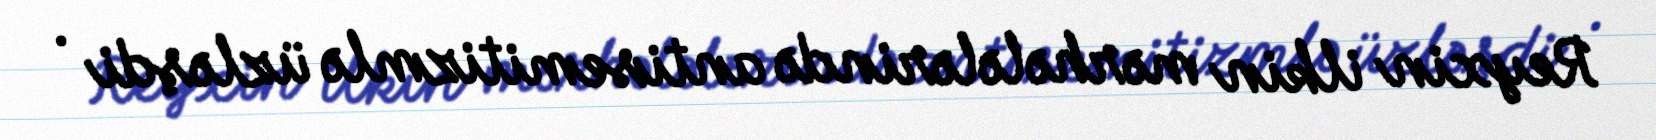
Reyxin ilkin mərhələlərində antisemitizmlə üzləşdi .